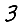
Digit: 3